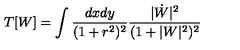
T [ W ] = \int \frac { d x d y } { ( 1 + r ^ { 2 } ) ^ { 2 } } \frac { | \dot { W } | ^ { 2 } } { ( 1 + | W | ^ { 2 } ) ^ { 2 } }